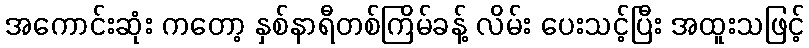
အကောင်းဆုံး ကတော့ နှစ်နာရီတစ်ကြိမ်ခန့် လိမ်း ပေးသင့်ပြီး အထူးသဖြင့်